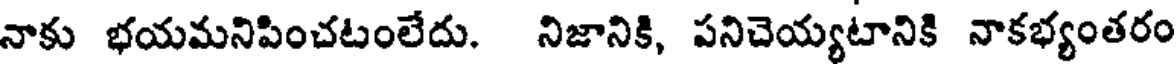
నాకు భయమనిపించటంలేదు. నిజానికి, పనిచెయ్యటానికి నాకభ్యంతరం